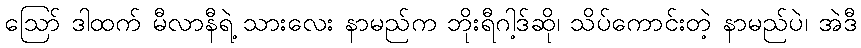
ဪ ဒါထက် မီလာနီရဲ့ သားလေး နာမည်က ဘိုးရီဂါ့ဒ်ဆို၊ သိပ်ကောင်းတဲ့ နာမည်ပဲ၊ အဲဒီ